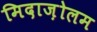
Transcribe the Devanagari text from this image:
मिदाज़ोलम